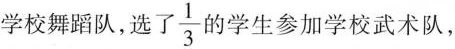
学校舞蹈队，选了 \frac{1}{3} 的学生参加学校武术队，